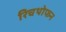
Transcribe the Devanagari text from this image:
रिचथोफन